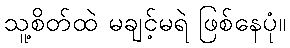
သူ့စိတ်ထဲ မချင့်မရဲ ဖြစ်နေပုံ။